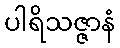
ပါရိသဇ္ဇာနံ